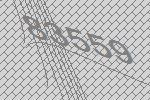
83559